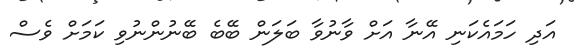
އަދި ހަމައެކަނި އޭނާ އަށް ވާނުވާ ބަލަން ބޭބެ ބޭނުންނުވި ކަމަށް ވެސް